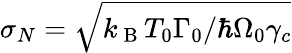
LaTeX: \sigma_{N}=\sqrt{k_{\mathrm{~B~}}T_{0}\Gamma_{0}/\hbar\Omega_{0}\gamma_{c}}